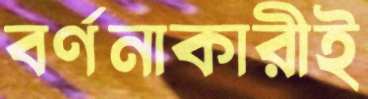
বর্ণনাকারীই